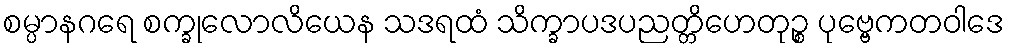
စမ္ပာနဂရေ စက္ခုလောလိယေန သဒရထံ သိက္ခာပဒပညတ္တိဟေတုဉ္စ ပုဗ္ဗေကတဝါဒေ